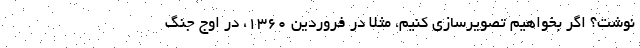
نوشت؟ اگر بخواهیم تصویرسازی کنیم، مثلا در فروردین 1360، در اوج جنگ